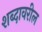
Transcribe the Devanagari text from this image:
शब्दावरील